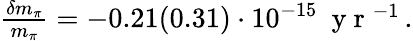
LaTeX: \begin{array}{r}{\frac{\delta m_{\pi}}{m_{\pi}}=-0.21(0.31)\cdot 10^{-15}\ \mathrm{~y~r~}^{-1}\, .}\end{array}